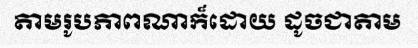
តាមរូបភាពណាក៏ដោយ ដូចជាតាម